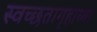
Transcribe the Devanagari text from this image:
स्वच्छतागृहाच्या